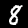
Digit: 8